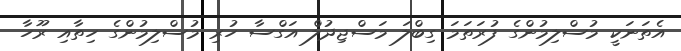
އެތަނަކީ މުސްލިމުންގެ ފުރަތަމަ ގިބްލަ މަސްޖިދުލް އަގްސާ ހުރި މުސްލިމުންގެ ހިތާއި ރޫހާ